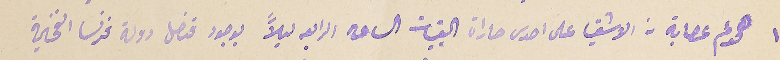
١٠ هجوم عصابة من الاشقيا على احدى حاراة القبيات الساعه الرابعه ليلاً بوجود قنصل دولة فرنسا الفخيمة